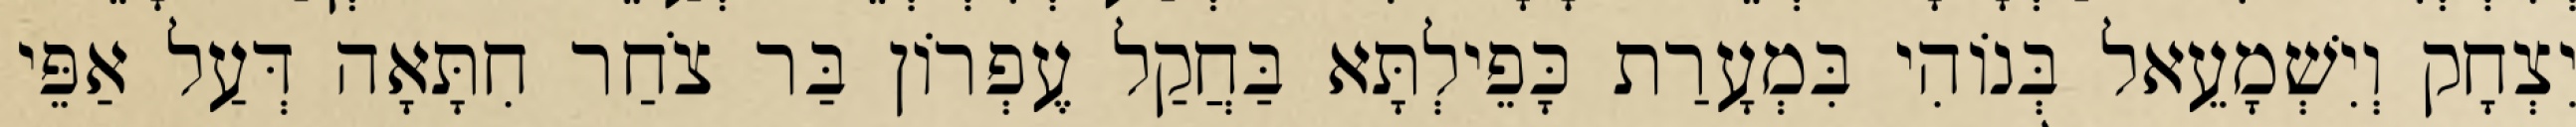
יִצְחָק וְיִשְׁמָעֵאל בְּנוֹהִי בִּמְעָרַת כָּפֵילְתָּא בַּחֲקַל עֶפְרוֹן בַּר צֹחַר חִתָּאָה דְּעַל אַפֵּי